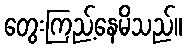
တွေးကြည့်နေမိသည်။